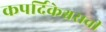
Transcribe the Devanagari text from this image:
कपर्दिकेश्वराची